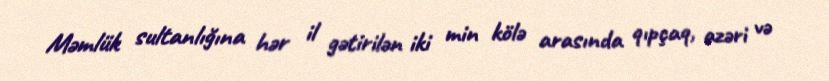
Məmlük sultanlığına hər il gətirilən iki min kölə arasında qıpçaq, azəri və